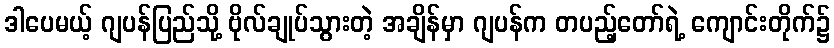
ဒါပေမယ့် ဂျပန်ပြည်သို့ ဗိုလ်ချုပ်သွားတဲ့ အချိန်မှာ ဂျပန်က တပည့်တော်ရဲ့ ကျောင်းတိုက်၌